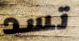
تسد